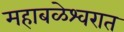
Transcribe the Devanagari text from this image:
महाबळेश्वरात